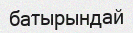
батырындай